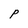
Character: P